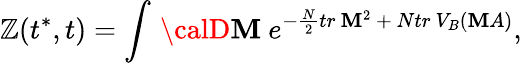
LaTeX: \mathbb{Z}(t^{*},t)=\int\, {\calD}\mathbf{M}\ e^{-{\frac{{N}}{{2}}}tr~\mathbf{M}^{2}\ +\ Ntr~V_{B}(\mathbf{M}A)},